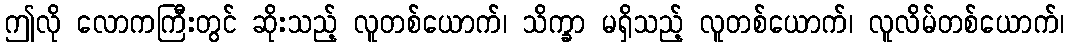
ဤလို လောကကြီးတွင် ဆိုးသည့် လူတစ်ယောက်၊ သိက္ခာ မရှိသည့် လူတစ်ယောက်၊ လူလိမ်တစ်ယောက်၊